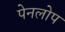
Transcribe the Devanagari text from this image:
पेनलोप